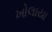
ખોલાયા